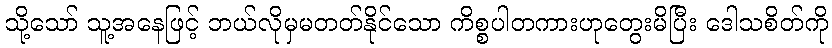
သို့သော် သူ့အနေဖြင့် ဘယ်လိုမှမတတ်နိုင်သော ကိစ္စပါတကားဟုတွေးမိပြီး ဒေါသစိတ်ကို